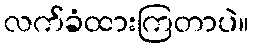
လက်ခံထားကြတာပဲ။